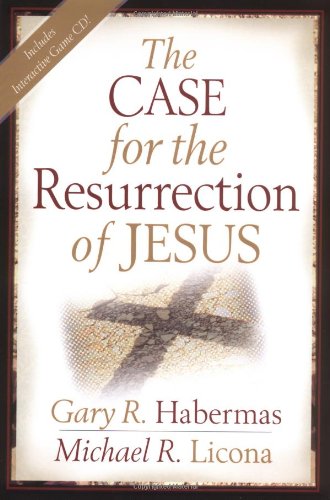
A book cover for The Case for the Resurrection of Jesus; Gary R. Habermas; Christian Books & Bibles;